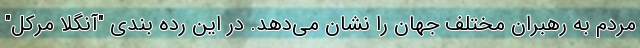
مردم به رهبران مختلف جهان را نشان می‌دهد. در این رده بندی "آنگلا مرکل"